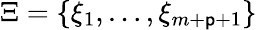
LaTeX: \Xi=\{ \xi_{1},\ldots,\xi_{m+\mathsf{p}+1}\}